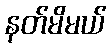
နတ်မိမယ်